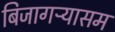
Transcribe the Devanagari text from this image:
बिजागऱ्यासम